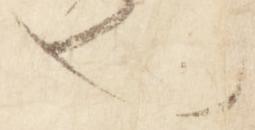
也